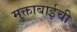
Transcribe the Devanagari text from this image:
मुक्ताबाईची